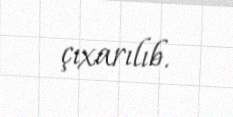
çıxarılıb.